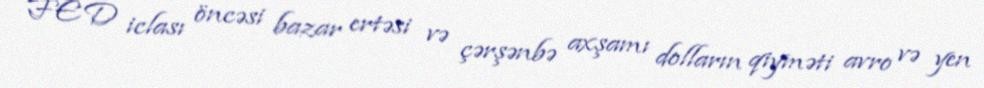
FED iclası öncəsi bazar ertəsi və çərşənbə axşamı dolların qiyməti avro və yen